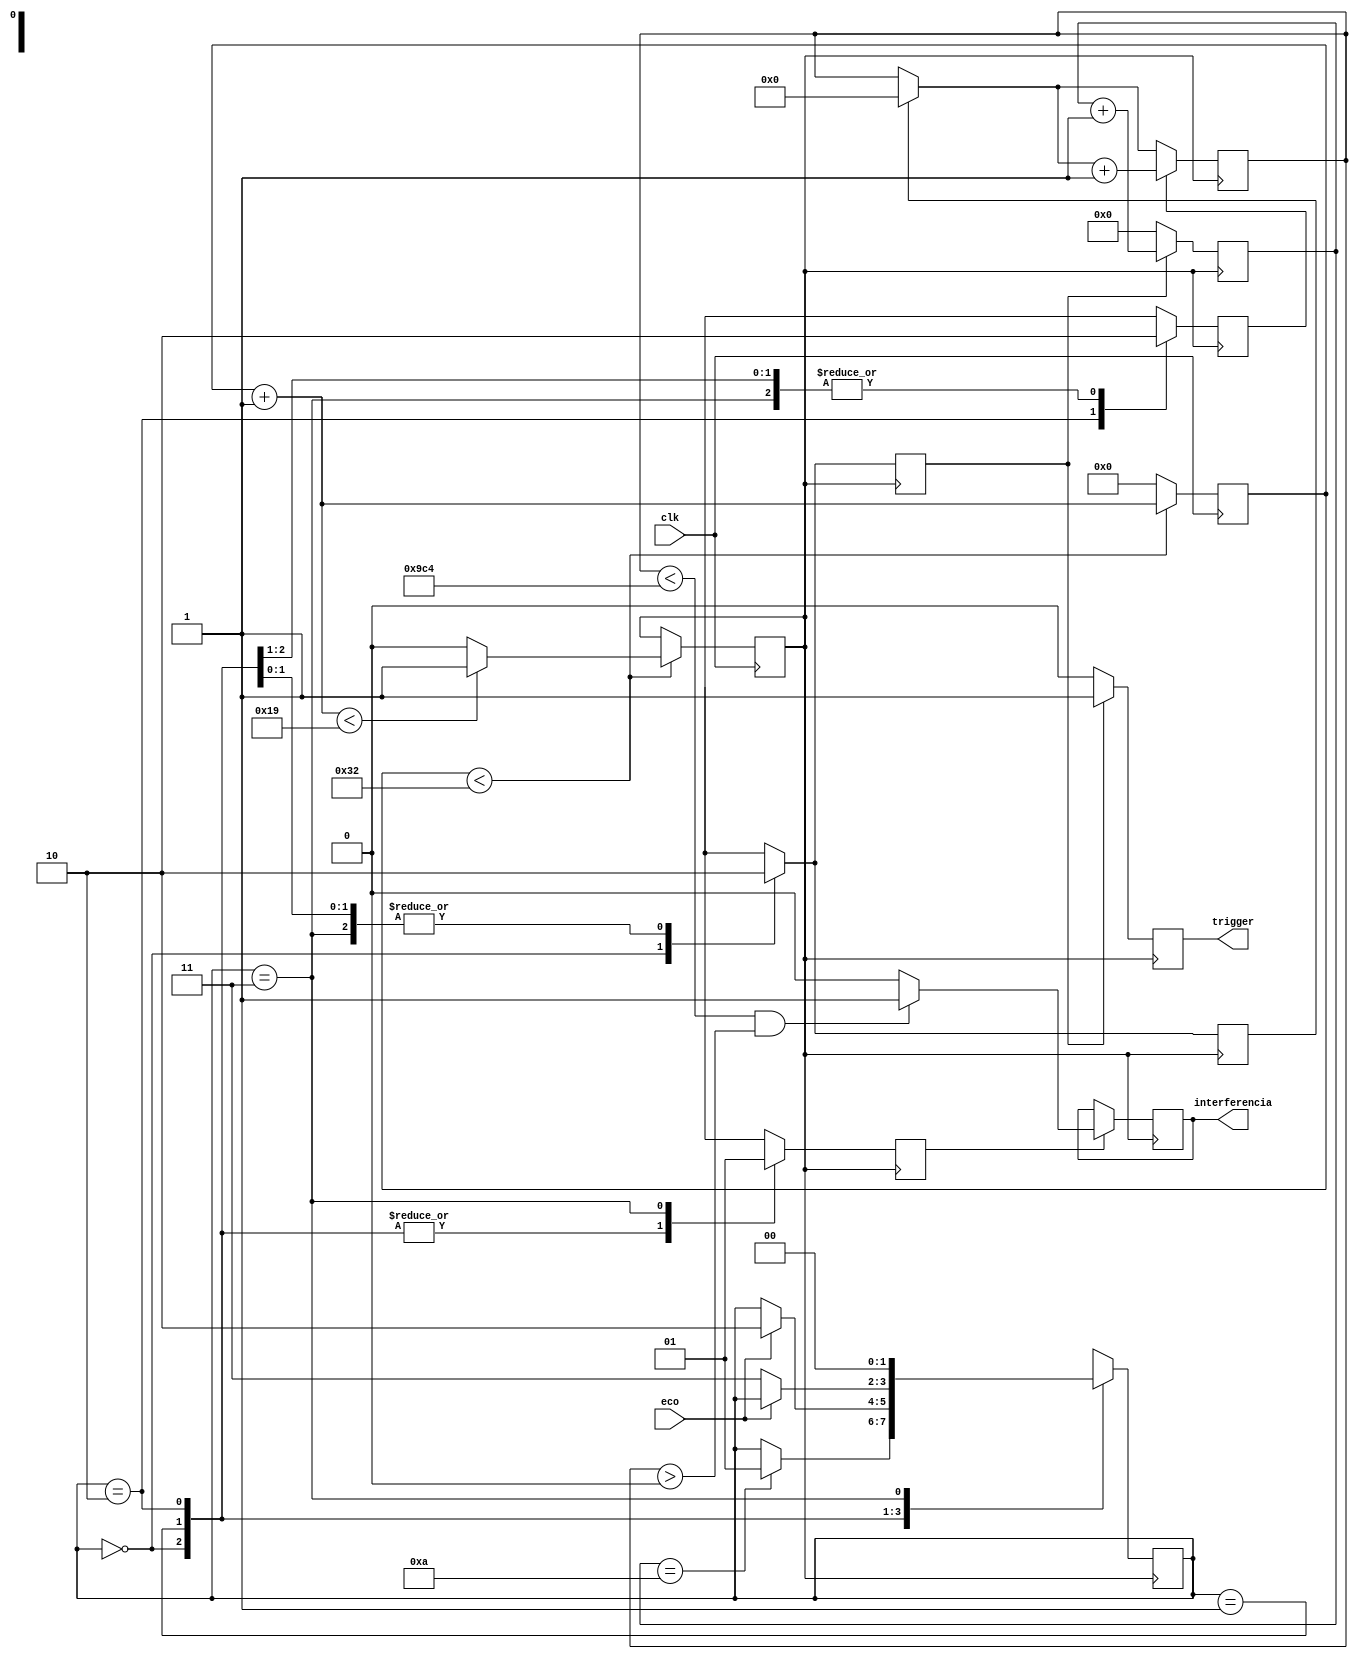
module Sensor_ultrasonico(clk,trigger,eco, interferencia);

input clk;
output reg trigger;
output reg interferencia;
input eco;

reg [1:0] status=2'b0;
reg [7:0] counter;
reg clkus;
reg trig;
reg sen;
reg env;
reg reset;
reg [3:0]tem;
reg [15:0]eco_tem;

parameter TRIGGER=2'b00, ESPERANDO=2'b01, SENSANDO=2'b10, ENVIANDO=2'b11;






always@(posedge clk)begin //reloj en us
	if(counter<50)begin
		counter=counter+1;
		if(counter<25) clkus=1;
		else clkus=0;
	end
	else begin 
		counter=0;
	end
end

always@(posedge clkus)begin //maquina de estados
	case(status)
		TRIGGER: begin 
			trig=1'b1;
			sen=1'b0;
			env=1'b0;
			reset=1'b1;
			if(tem==10) status=ESPERANDO;
		end
		ESPERANDO:begin
			reset=1'b0;
			trig=1'b0;
			sen=1'b0;
			env=1'b0;
			if(eco) status=SENSANDO;
		end
		SENSANDO:begin
			reset=1'b0;
			trig=1'b0;
			sen=1'b1;
			env=1'b0;
			if(!eco) status=ENVIANDO;
		end
		ENVIANDO:begin
			reset=1'b0;
			trig=1'b0;
			sen=1'b0;
			env=1'b1;
			status=TRIGGER;
		end
			
	endcase
end

always@(posedge clkus)begin //estado TRIGGER 
	
	if(trig)begin
		trigger=1'b1;
		tem=tem+1;
	end
	else begin 
		tem=0;
		trigger=1'b0;
	end	
end

always@(posedge clkus)begin// estado SENSANDO
	if(reset)begin
		eco_tem=0;
	end
	if(sen)begin
		eco_tem=eco_tem+1;
		
	end
	
end

always@(posedge clkus)begin //estado ENVIANDO
	
	if(env)begin
		if(eco_tem<2500 && eco_tem>0)begin
			interferencia=1'b1;
		
		end
		else interferencia=1'b0;
	end
	
	
end
endmodule